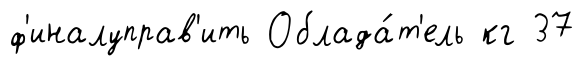
ф'иналуправ'ить Облада́т'ель кг 37